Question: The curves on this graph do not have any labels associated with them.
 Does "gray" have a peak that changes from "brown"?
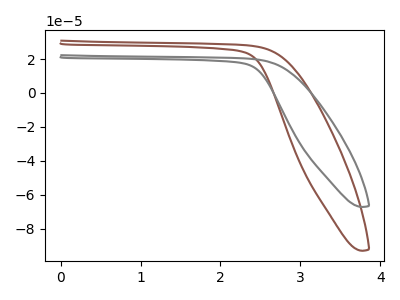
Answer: <think>The brown curve "brown" has no peaks. The gray curve "gray" has no peaks.
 Neither "gray" or "brown" have any peaks.</think>
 <answer>No, "gray" and "brown" don't appear to be significantly different in shape</answer>
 <eval>no_change</eval>